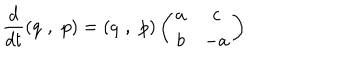
LaTeX: \frac { d } { d t } ( q \, \, , \, \, p ) = ( q \, \, , \, \, p ) \left( \begin{array} { c c } { { a } } & { { c } } \\ { { b } } & { { - a } } \\ \end{array} \right)